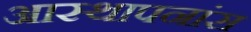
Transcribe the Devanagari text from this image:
आस्थापनांस